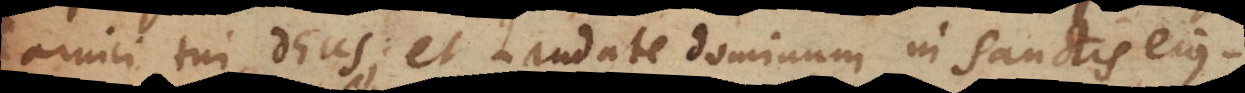
amici tui, Deus; et laudate Dominum in Sanctis ejus.